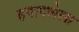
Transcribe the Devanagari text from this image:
हपापलेला